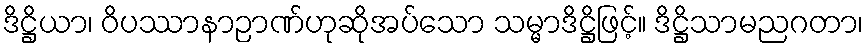
ဒိဋ္ဌိယာ၊ ဝိပဿာနာဉာဏ်ဟုဆိုအပ်သော သမ္မာဒိဋ္ဌိဖြင့်။ ဒိဋ္ဌိသာမညဂတာ၊